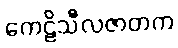
ကေဠိသီလဇာတက